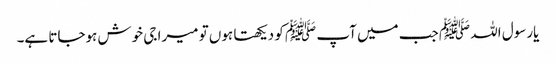
یارسول اللہ ﷺ جب میں آپ ﷺ کو دیکھتا ہوں تو میرا جی خوش ہوجاتا ہے۔